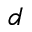
d